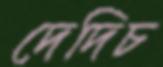
দেদিচ